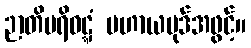
ဉာတိပရိဝဋ္ဋံ ပဟာယပုဒ်အဖွင့်။